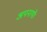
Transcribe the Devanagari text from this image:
अपनायें।